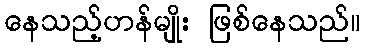
နေသည့်ဟန်မျိုး ဖြစ်နေသည်။